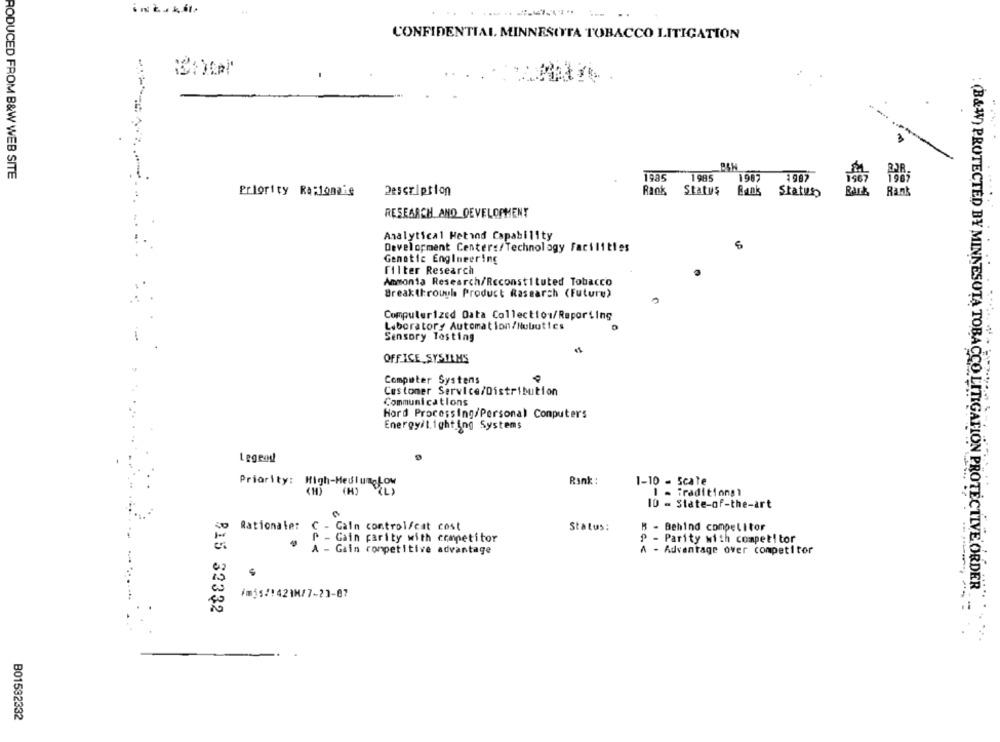
-. ..
CONFIDENTIAL MINNESOTTA TOBACCO LITIGATION
-
RODUCED FROM B&W WEB SITE
1985
1 985
1987
Priority Racionais
Description
Rank
Status
Statuto
Rank
RESEARCH AND DEVELOPMENT
Analytical Hetind Capability
Development Center:/Technology Facilities
Genetic Engineering
filter Research
Ammonia Research/Reconstituted Tobacco
Breakthrough Product Rasearch (Future)
Computerized Data Collection/Reporting
Laboratory Automation/Nubut!es
Sensory Tasting
OFFICE SYSTEMS
Computer Systens
Customer Service/Distribution
Communications
Hord Processing/Personal Computers
Energy/Lighting Systems
Priority: High-HeulumcLow
Rank :
1-10 - Scale
(1) (H)
I - Traditiongt
10 - State-of-the-art
Rationale: C - Gain control/cat cost
Status:
B - Behind competitor
P - Gain parity with competitor
P - Parity with competitor
A - Gain competitive advantage
A - Advantage over competitor
:(B&W) PROTECTED BY MINNESOTA TOBACCO LITIGATION PROTECTIVE ORDER"
....
B15 32332
B01532332